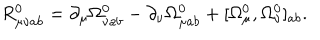
R _ { \mu \nu a b } ^ { 0 } = \partial _ { \mu } \Omega _ { \nu a b } ^ { 0 } - \partial _ { \nu } \Omega _ { \mu a b } ^ { 0 } + [ \Omega _ { \mu } ^ { 0 } , \Omega _ { \nu } ^ { 0 } ] _ { a b } .